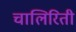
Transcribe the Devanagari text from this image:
चालिरिती